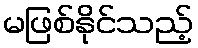
မဖြစ်နိုင်သည့်